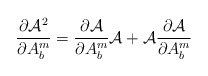
\begin{align*}\frac{\partial{\cal A}^2}{\partial A^m_b} =\frac{\partial {\cal A}}{\partial A^m_b}{\cal A}+{\cal A} \frac{\partial {\cal A}}{\partial A^m_b}\end{align*}